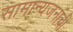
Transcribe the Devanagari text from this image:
सामान्यजनांची